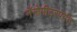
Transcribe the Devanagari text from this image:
नॅनोमीटरपर्यंत